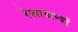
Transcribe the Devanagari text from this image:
रेखाखण्डों